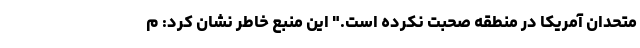
متحدان آمریکا در منطقه صحبت نکرده است." این منبع خاطر نشان کرد: م